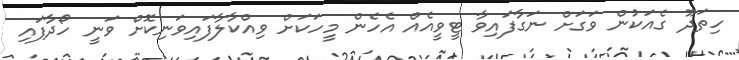
ހިތަދޫ ގެއަކުން ވަގަށް ނަގާފައިވާ ޓީވީއެއް އެހެން މީހަކަށް ވިއްކާލާފައިވަނިކޮށް ވަނީ ހޯދާފައި